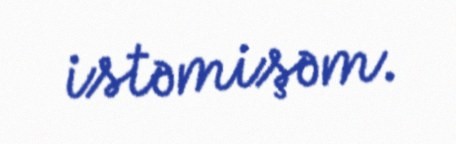
istəmişəm.